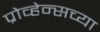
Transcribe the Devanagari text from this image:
प्रोव्हेन्सच्या